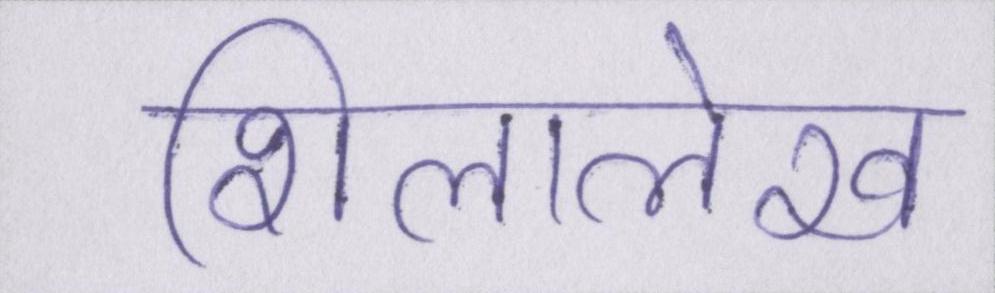
शिलालेख